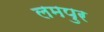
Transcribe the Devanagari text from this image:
लमपुर